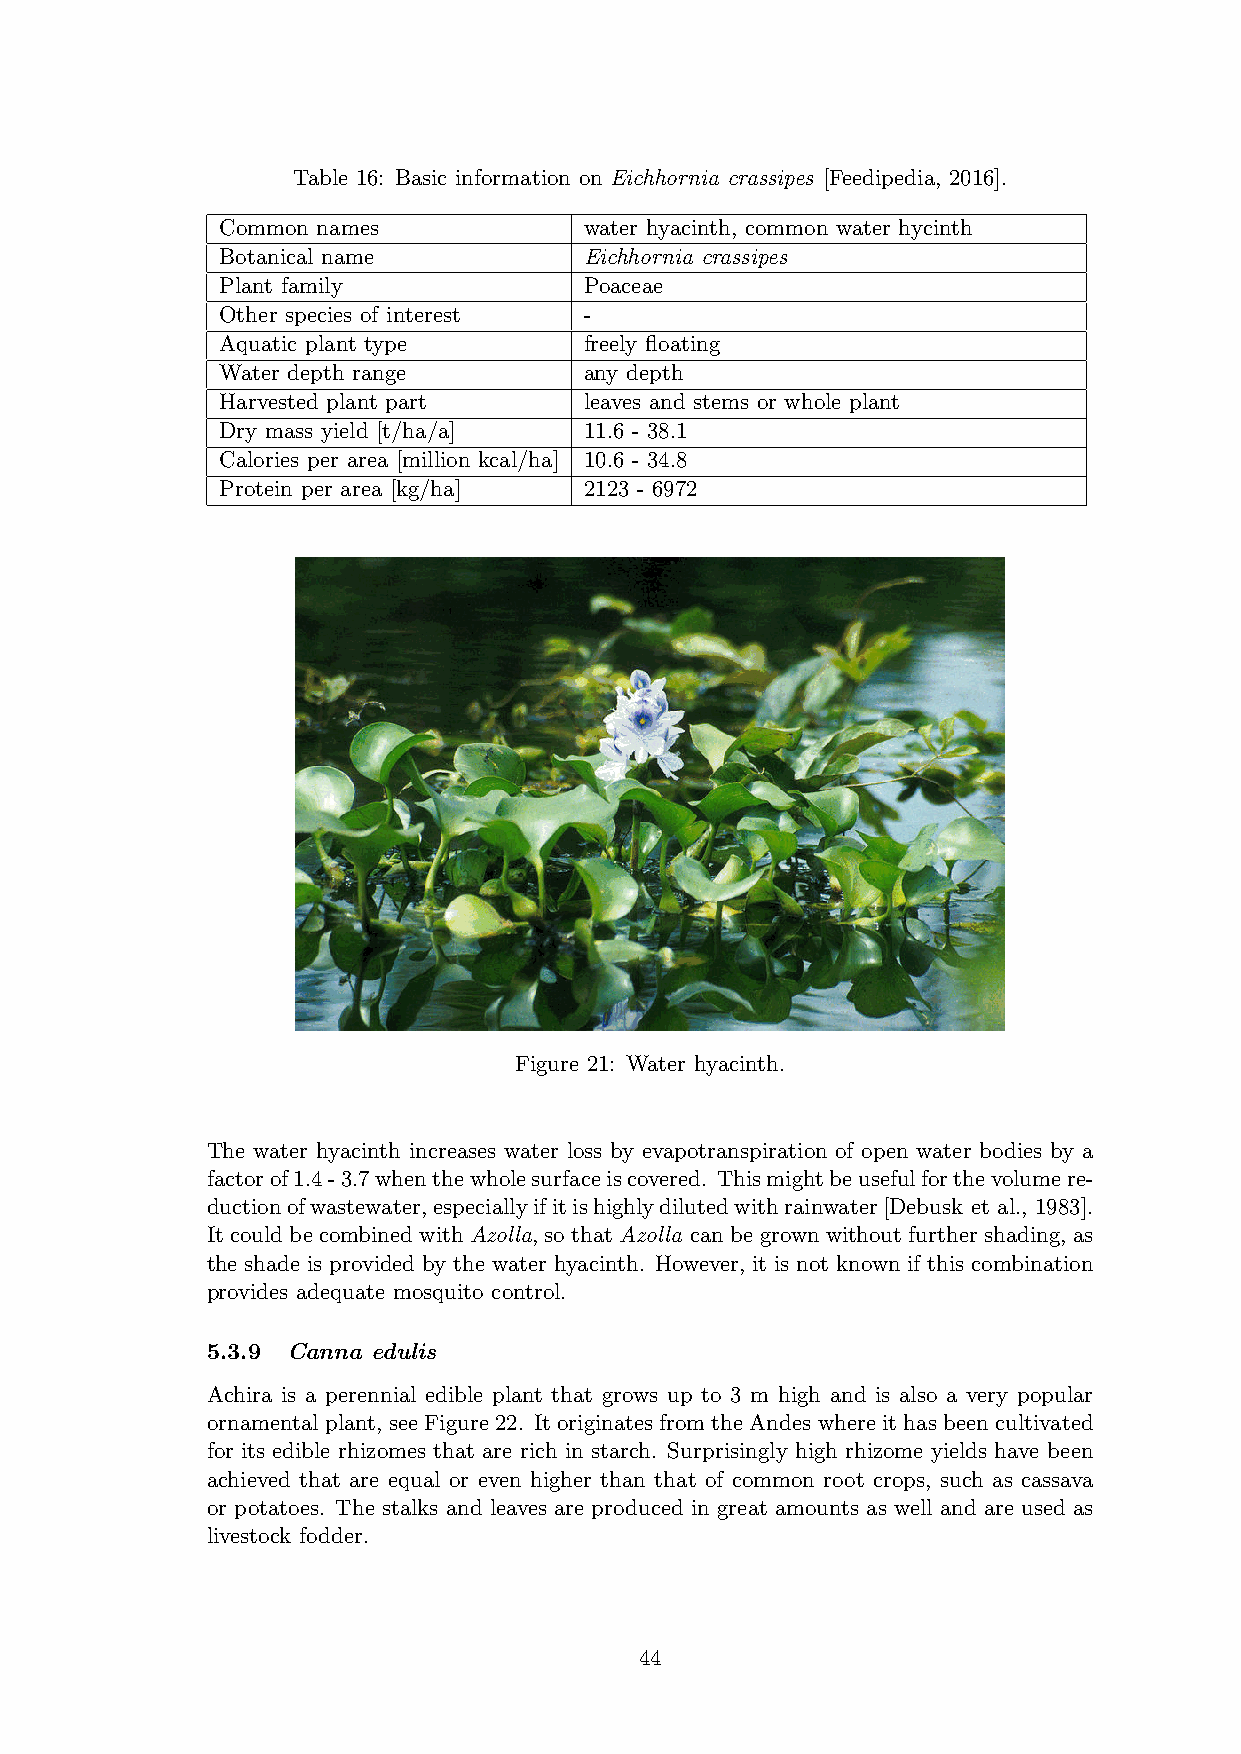
Table 16: Basic information on Eichhornia crassipes [Feedipedia, 2016].
 Common names            water hyacinth, common water hycinth
 Botanical name          Eichhornia crassipes
 Plant family            Poaceae
 Other species of interest -
 Aquatic plant type      freely floating
 Water depth range       any depth
 Harvested plant part    leaves and stems or whole plant
 Dry mass yield [t/ha/a] 11.6 - 38.1
 Calories per area [million kcal/ha] 10.6 - 34.8
 Protein per area [kg/ha] 2123 - 6972
 Figure 21: Water hyacinth.
 The water hyacinth increases water loss by evapotranspiration of open water bodies by a
 factorof1.4-3.7whenthewholesurfaceiscovered. Thismightbeusefulforthevolumere-
 ductionofwastewater,especiallyifitishighlydilutedwithrainwater[Debusk et al., 1983].
 ItcouldbecombinedwithAzolla, sothatAzolla canbegrownwithoutfurthershading, as
 the shade is provided by the water hyacinth. However, it is not known if this combination
 provides adequate mosquito control.
 5.3.9 Canna edulis
 Achira is a perennial edible plant that grows up to 3 m high and is also a very popular
 ornamental plant, see Figure 22. It originates from the Andes where it has been cultivated
 for its edible rhizomes that are rich in starch. Surprisingly high rhizome yields have been
 achieved that are equal or even higher than that of common root crops, such as cassava
 or potatoes. The stalks and leaves are produced in great amounts as well and are used as
 livestock fodder.
 44